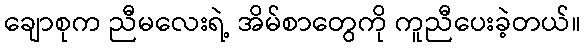
ချောစုက ညီမလေးရဲ့ အိမ်စာတွေကို ကူညီပေးခဲ့တယ်။